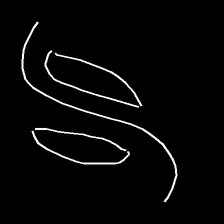
Glyph: water